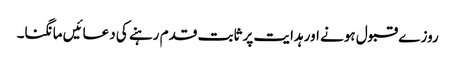
روز ے قبول ہونے اور ہدایت پر ثابت قدم رہنے کی دعائیں مانگنا۔